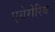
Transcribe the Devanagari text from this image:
एग्रेरोरियन